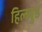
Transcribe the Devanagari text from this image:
हिलवुड